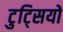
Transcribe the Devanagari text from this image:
टुट्सियों